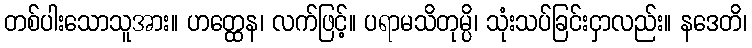
တစ်ပါးသောသူအား။ ဟတ္ထေန၊ လက်ဖြင့်။ ပရာမသိတုမ္ပိ၊ သုံးသပ်ခြင်းငှာလည်း။ နဒေတိ၊